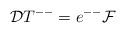
LaTeX: \begin{align*} {\cal D} T^{--} = e^{--} {\cal F}\end{align*}